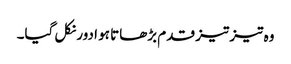
وہ تیز تیز قدم بڑھاتا ہو ادور نکل گیا۔